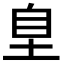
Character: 𭎗